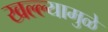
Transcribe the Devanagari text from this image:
खल्ल्यामुळे